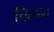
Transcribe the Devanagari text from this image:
चिरान्द